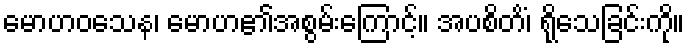
မောဟဝသေန၊ မောဟ၏အစွမ်းကြောင့်။ အပစိတိံ၊ ရိုသေခြင်းကို။